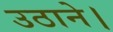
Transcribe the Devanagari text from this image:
उठाने।